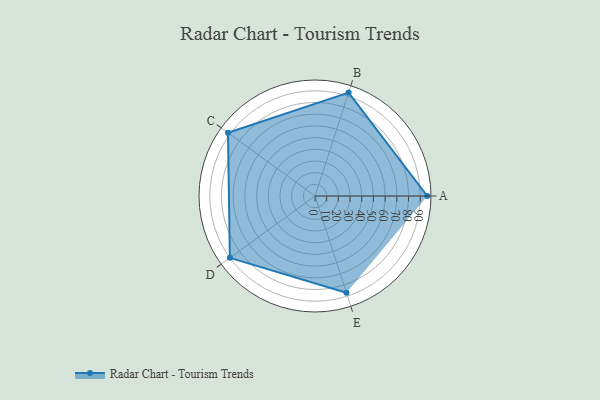
{"axis": {"x": "Skill", "y": "Score"}, "legend": ["Profile"], "data": [{"x": "A", "y": 96.0, "type": "Profile"}, {"x": "B", "y": 93.0, "type": "Profile"}, {"x": "C", "y": 92.0, "type": "Profile"}, {"x": "D", "y": 90.0, "type": "Profile"}, {"x": "E", "y": 87.0, "type": "Profile"}]}